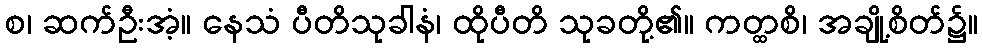
စ၊ ဆက်ဦးအံ့။ နေသံ ပီတိသုခါနံ၊ ထိုပီတိ သုခတို့၏။ ကတ္ထစိ၊ အချို့စိတ်၌။